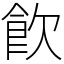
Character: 飮